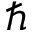
\hbar